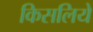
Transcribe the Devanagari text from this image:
किसलिये